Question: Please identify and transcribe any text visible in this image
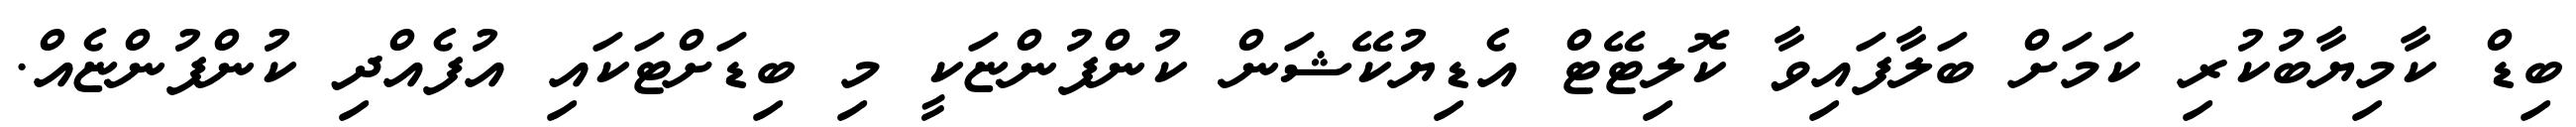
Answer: ބިޑް ކާމިޔާބުކުރި ކަމަށް ބަލާފައިވާ ކޮލިޓޭޓް އެޑިޔުކޭޝަން ކުންފުންޏަކީ މި ބިޑަށްޓަކައި އުފެއްދި ކުންފުންޏެއް.